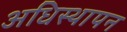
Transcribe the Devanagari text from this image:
अधिस्थापन